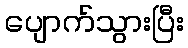
ပျောက်သွားပြီး